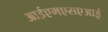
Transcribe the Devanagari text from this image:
आईएमएसएआई